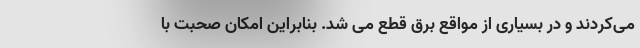
می‌کردند و در بسیاری از مواقع برق قطع می شد. بنابراین امکان صحبت با